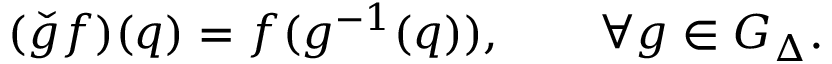
( \check { g } f ) ( q ) = f ( g ^ { - 1 } ( q ) ) , \qquad \forall g \in G _ { \Delta } .